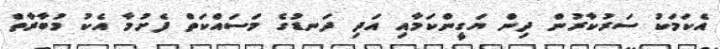
އެކަމަކު ސަރުކާރުން ދިން ޔަގީންކަމާއި އަދި ދަނޑުގެ މަސައްކަތް ފެށުމާ އެކު މުބާރާތް